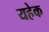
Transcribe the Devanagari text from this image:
यहेक